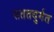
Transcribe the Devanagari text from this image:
सततदुर्गत